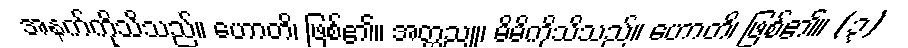
အနက်ကိုသိသည်။ ဟောတိ၊ ဖြစ်၏။ အတ္တညူ၊ မိမိကိုသိသည်။ ဟောတိ၊ ဖြစ်၏။ (၃)